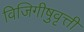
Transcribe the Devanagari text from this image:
विजिगीषुवृत्ती